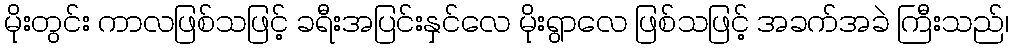
မိုးတွင်း ကာလဖြစ်သဖြင့် ခရီးအပြင်းနှင်လေ မိုးရွာလေ ဖြစ်သဖြင့် အခက်အခဲ ကြီးသည်၊